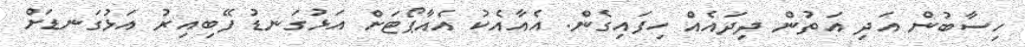
ހިސާބުން އަދި އަތުން ދިދައެއް ހިފައިގެން. އެއާއެކު އެއާޕޯޓަށް އަޅުގަނޑު ފޭބިއިރު އަޅުގަނޑަށް